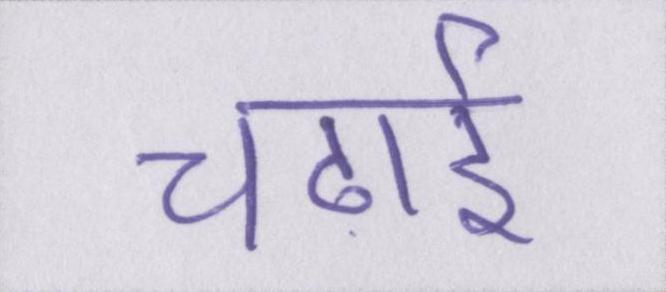
चढाई